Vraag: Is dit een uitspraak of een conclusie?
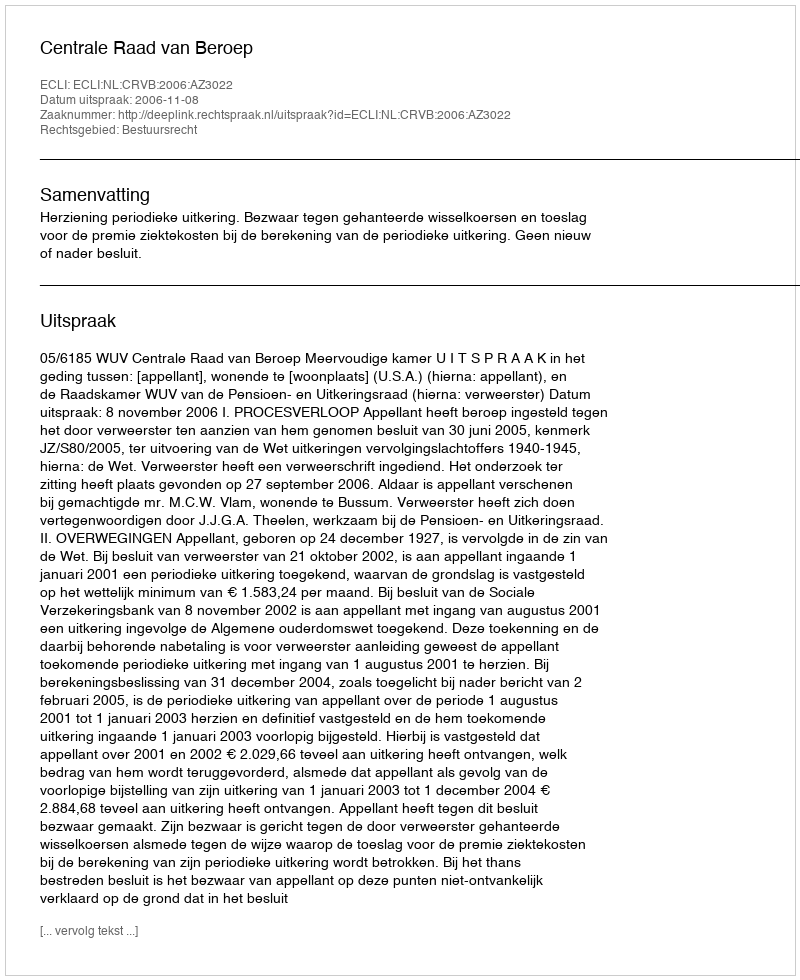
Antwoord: Uitspraak